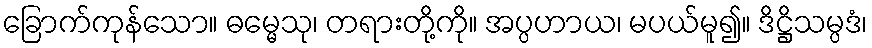
ခြောက်ကုန်သော။ ဓမ္မေသု၊ တရားတို့ကို။ အပ္ပဟာယ၊ မပယ်မူ၍။ ဒိဋ္ဌိသမ္ပဒံ၊